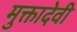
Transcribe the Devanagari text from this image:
मुक्तादेवी